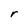
Character: r